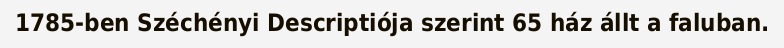
1785-ben Széchényi Descriptiója szerint 65 ház állt a faluban.